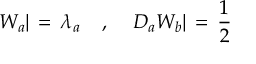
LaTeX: W _ { a } | \, = \, \lambda _ { a } \; \; \; \; , \; \; \; \; D _ { a } W _ { b } | \, = \, \frac { 1 } { 2 }